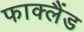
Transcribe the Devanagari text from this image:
फाक्लैंड